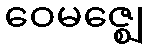
ဝေမဇ္ဈေ